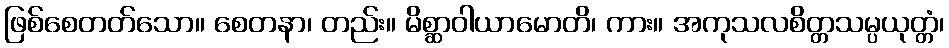
ဖြစ်စေတတ်သော။ စေတနာ၊ တည်း။ မိစ္ဆာဝါယာမောတိ၊ ကား။ အကုသလစိတ္တသမ္ပယုတ္တံ၊